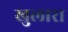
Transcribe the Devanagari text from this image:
खुलारा